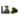
حقا